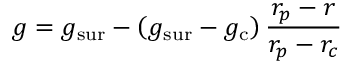
g = g _ { \mathrm { s u r } } - \left( g _ { \mathrm { s u r } } - g _ { \mathrm { c } } \right) \frac { r _ { p } - r } { r _ { p } - r _ { c } }